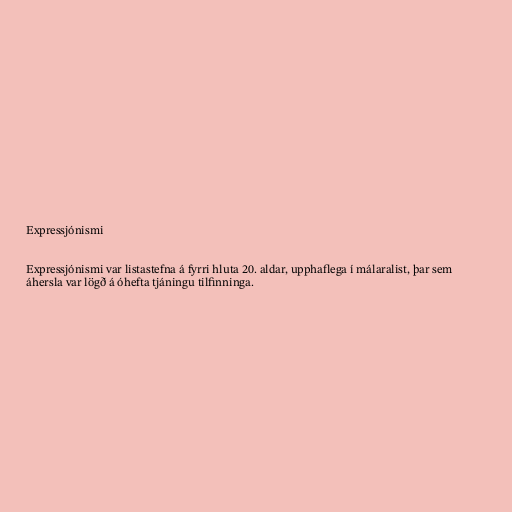
Expressjónismi

Expressjónismi var listastefna á fyrri hluta 20. aldar, upphaflega í málaralist, þar sem
áhersla var lögð á óhefta tjáningu tilfinninga.